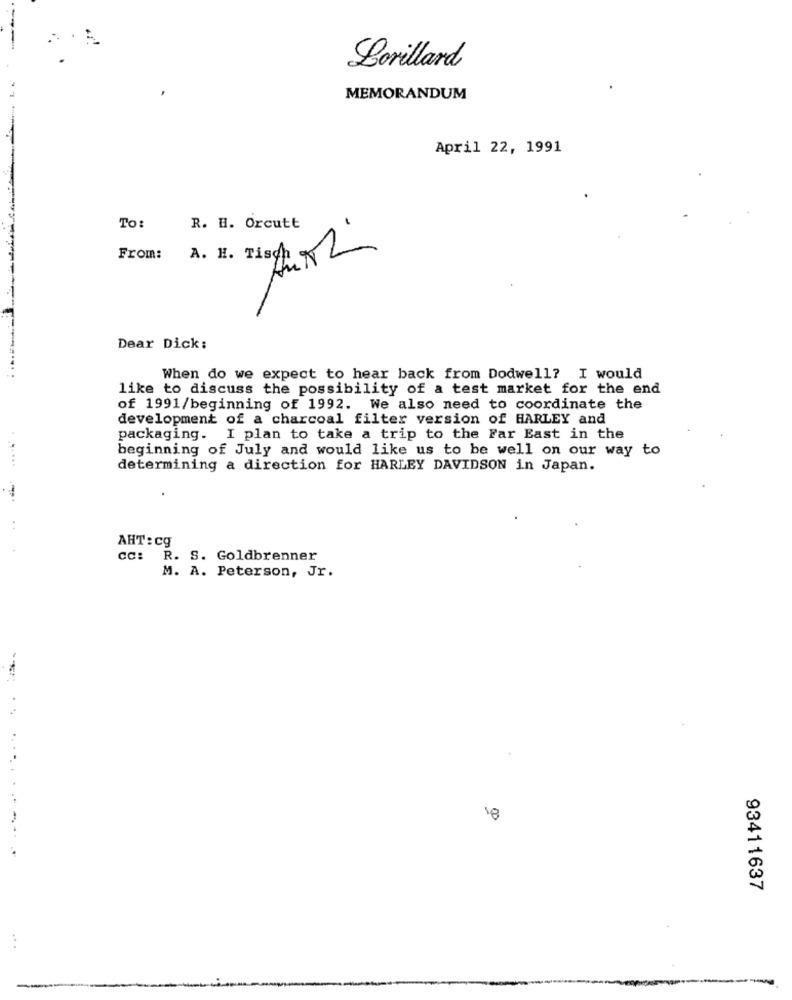
Lorillard
MEMORANDUM
April 22, 1991
To:
R. H. Orcutt
From:
A. H. Tisch
Dear Dick:
When do we expect to hear back from Dodwell? I would
like to discuss the possibility of a test market for the end
of 1991/beginning of 1992. We also need to coordinate the
development of a charcoal filter version of HARLEY and
packaging. I plan to take a trip to the Far East in the
beginning of July and would like us to be well on our way to
......
determining a direction for HARLEY DAVIDSON in Japan.
-
AHT : cg
CC: R. S. Goldbrenner
M. A. Peterson, Jr.
18
93411637